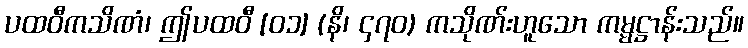
ပထဝီကသိဏံ၊ ဤပထဝီ [၀၁] (နိ၊ ၄၇၀) ကသိုဏ်းဟူသော ကမ္မဋ္ဌာန်းသည်။